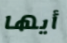
أيها